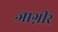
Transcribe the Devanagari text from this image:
जाग़ीर